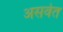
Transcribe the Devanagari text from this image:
असवेत